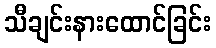
သီချင်းနားထောင်ခြင်း